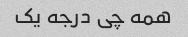
همه چی درجه یک